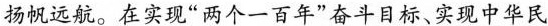
扬帆远航。在实现”两个一百年”奋斗目标、实现中华民